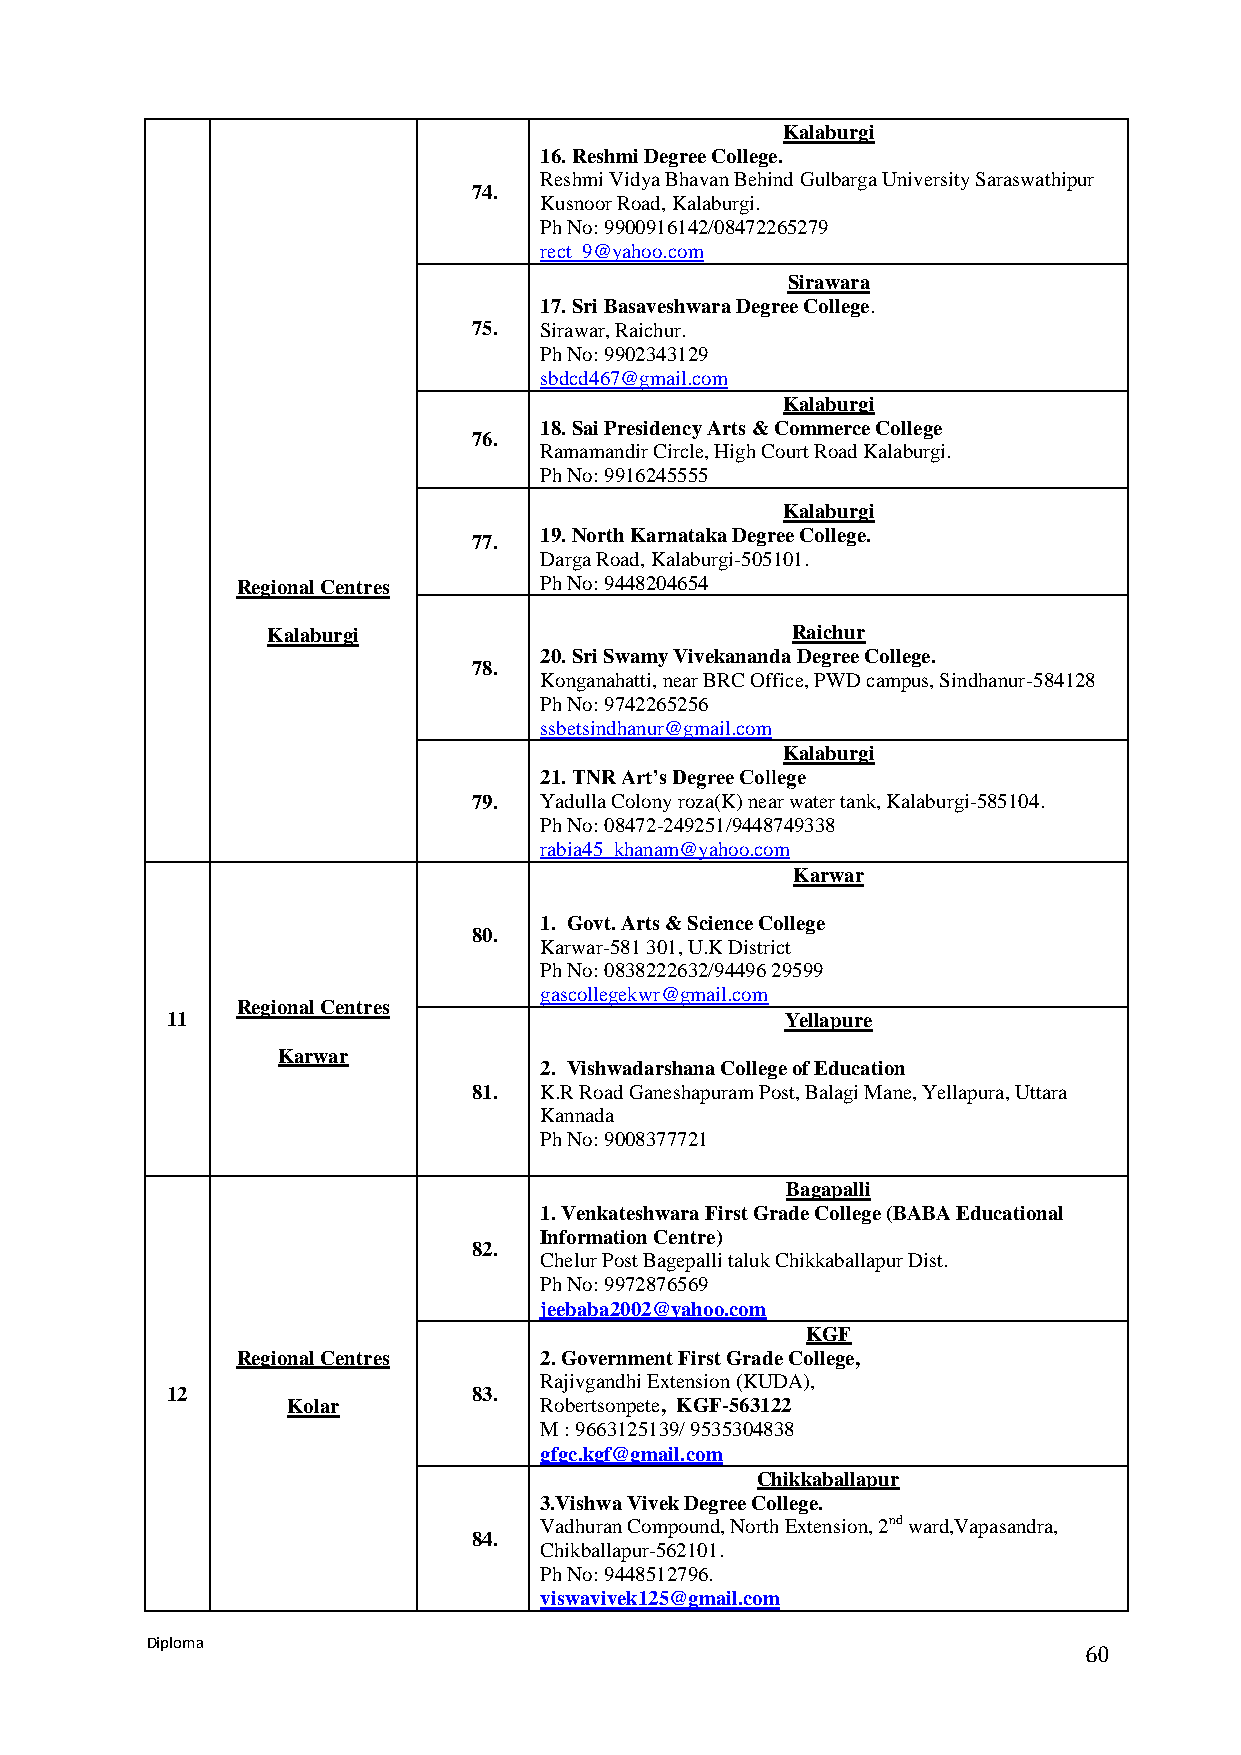
Kalaburgi
 16. Reshmi Degree College.
 Reshmi Vidya Bhavan Behind Gulbarga University Saraswathipur
 74.
 Kusnoor Road, Kalaburgi.
 Ph No: 9900916142/08472265279
 rect_9@yahoo.com
 Sirawara
 17. Sri Basaveshwara Degree College.
 75.  Sirawar, Raichur.
 Ph No: 9902343129
 sbdcd467@gmail.com
 Kalaburgi
 18. Sai Presidency Arts & Commerce College
 76.
 Ramamandir Circle, High Court Road Kalaburgi.
 Ph No: 9916245555
 Kalaburgi
 77.
 19. North Karnataka Degree College.
 Darga Road, Kalaburgi-505101.
 Regional Centres    Ph No: 9448204654
 Kalaburgi                         Raichur
 20. Sri Swamy Vivekananda Degree College.
 78.
 Konganahatti, near BRC Office, PWD campus, Sindhanur-584128
 Ph No: 9742265256
 ssbetsindhanur@gmail.com
 Kalaburgi
 21. TNR Art’s Degree College
 79.  Yadulla Colony roza(K) near water tank, Kalaburgi-585104.
 Ph No: 08472-249251/9448749338
 rabia45_khanam@yahoo.com
 Karwar
 1. Govt. Arts & Science College
 80.
 Karwar-581 301, U.K District
 Ph No: 0838222632/94496 29599
 gascollegekwr@gmail.com
 Regional Centres
 11                                       Yellapure
 Karwar
 2. Vishwadarshana College of Education
 81.  K.R Road Ganeshapuram Post, Balagi Mane, Yellapura, Uttara
 Kannada
 Ph No: 9008377721
 Bagapalli
 1. Venkateshwara First Grade College (BABA Educational
 Information Centre)
 82.
 Chelur Post Bagepalli taluk Chikkaballapur Dist.
 Ph No: 9972876569
 jeebaba2002@yahoo.com
 KGF
 Regional Centres    2. Government First Grade College,
 Rajivgandhi Extension (KUDA),
 12                  83.
 Kolar            Robertsonpete, KGF-563122
 M : 9663125139/ 9535304838
 gfgc.kgf@gmail.com
 Chikkaballapur
 3.Vishwa Vivek Degree College.
 Vadhuran Compound, North Extension, 2nd ward,Vapasandra,
 84.
 Chikballapur-562101.
 Ph No: 9448512796.
 viswavivek125@gmail.com
 Diploma
 60